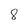
Character: 8